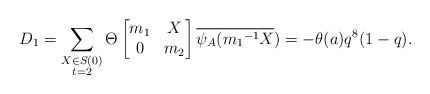
\begin{align*} D_1=\displaystyle \sum_{\substack{X\in S(0) \\ t=2 }}\Theta \begin{bmatrix} m_1 & X\\0 & m_2\end{bmatrix}\overline{\psi_A({m_1}^{-1}X})=-\theta(a)q^8(1-q). \end{align*}